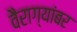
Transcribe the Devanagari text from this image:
वैराग्यांबर